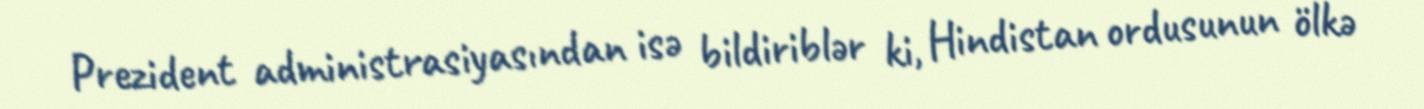
Prezident administrasiyasından isə bildiriblər ki, Hindistan ordusunun ölkə